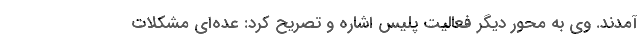
آمدند. وی به محور دیگر فعالیت پلیس اشاره و تصریح کرد: عده‌ای مشکلات